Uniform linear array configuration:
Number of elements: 12
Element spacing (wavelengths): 0.75
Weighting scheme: cosine
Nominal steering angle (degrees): -45
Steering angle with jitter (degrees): -46.335
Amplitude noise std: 0.05
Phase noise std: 0.05

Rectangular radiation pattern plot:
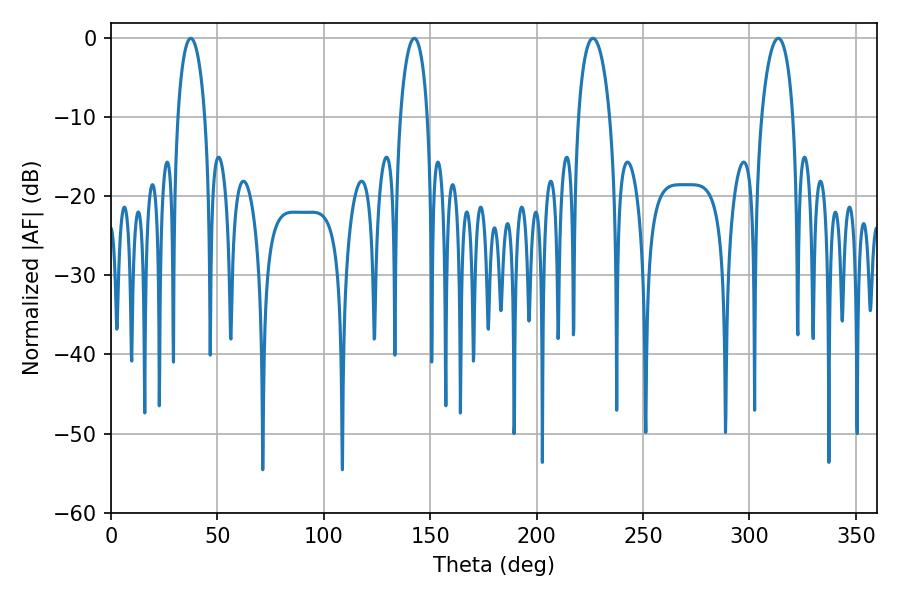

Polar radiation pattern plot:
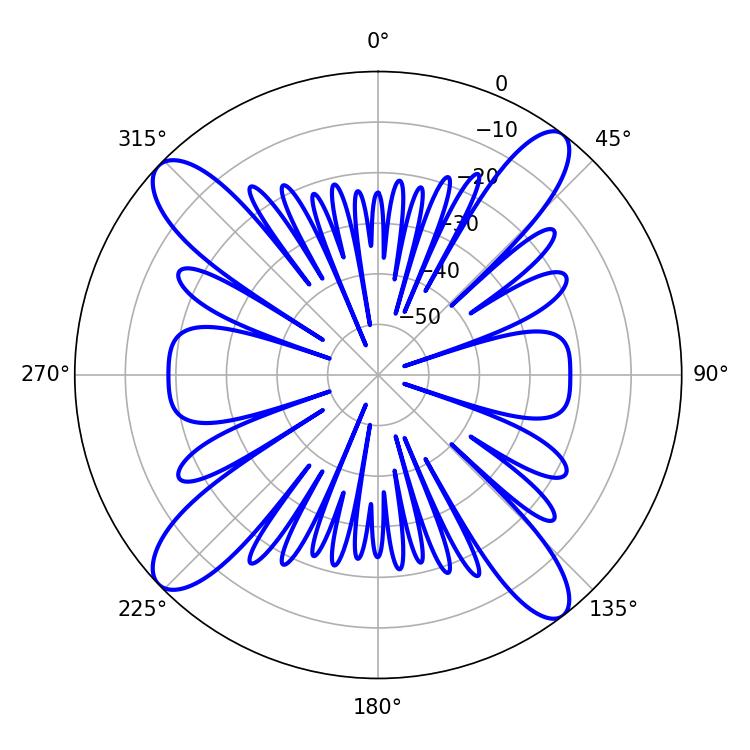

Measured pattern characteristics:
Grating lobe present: TRUE
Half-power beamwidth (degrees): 8.46
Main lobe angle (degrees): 226.44